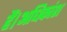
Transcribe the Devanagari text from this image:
हैं।अधिकांश